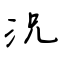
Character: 況